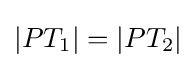
|PT_{1}|=|PT_{2}|